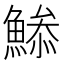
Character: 𩹧